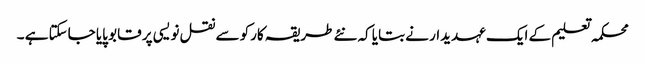
محکمہ تعلیم کے ایک عہدیدار نے بتایا کہ نئے طریقہ کارکو سے نقل نویسی پر قابو پایا جاسکتا ہے ۔